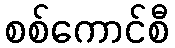
စစ်ကောင်စီ